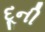
દૂની